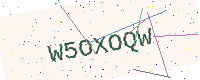
Text: W5OXOQW